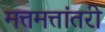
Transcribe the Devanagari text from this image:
मत्तमत्तांतरी